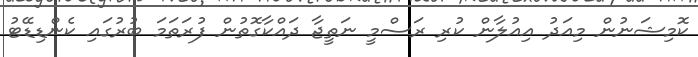
ކޮމިޝަނުން މިއަދު އިއުލާން ކުރި ރަސްމީ ނަތީޖާ ދައްކާގޮތުން ފުރަތަމަ ބުރުގައި ކެންޑިޑޭޓު